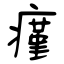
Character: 瘽